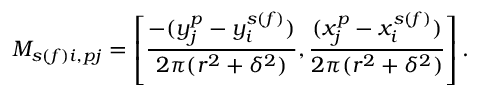
M _ { s ( f ) i , p j } = \left[ \frac { - ( y _ { j } ^ { p } - y _ { i } ^ { s ( f ) } ) } { 2 \pi ( r ^ { 2 } + \delta ^ { 2 } ) } , \frac { ( x _ { j } ^ { p } - x _ { i } ^ { s ( f ) } ) } { 2 \pi ( r ^ { 2 } + \delta ^ { 2 } ) } \right] .